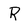
Character: R